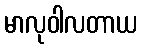
မာလုဝါလတာယ